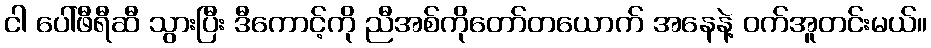
ငါ ပေါ်ဖီရီဆီ သွားပြီး ဒီကောင့်ကို ညီအစ်ကိုတော်တယောက် အနေနဲ့ ဝက်အူတင်းမယ်။